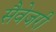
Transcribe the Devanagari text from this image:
सैवेजरी